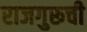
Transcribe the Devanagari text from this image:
राजगुरूची